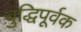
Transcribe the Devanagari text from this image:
बुद्धिपूर्वक